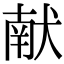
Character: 献